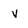
Character: v